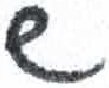
אות: ש